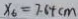
x _ { 6 } = 7 . 6 4 c m